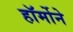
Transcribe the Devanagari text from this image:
हॉर्मोने